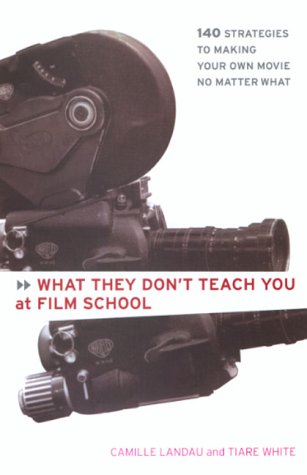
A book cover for What They Don't Teach You At Film School: 161 Strategies to Making Your Own Movie No Matter What; Camille Landau; Humor & Entertainment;